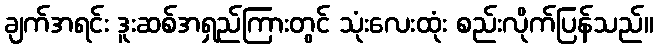
ချက်အရင်း ဒူးဆစ်အရှည်ကြားတွင် သုံးလေးထုံး စည်းလိုက်ပြန်သည်။